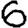
Digit: 6